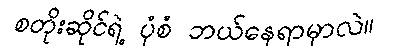
စတိုးဆိုင်ရဲ့ ပုံစံ ဘယ်နေရာမှာလဲ။